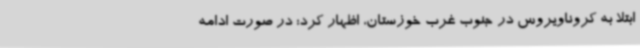
ابتلا به کروناویروس در جنوب غرب خوزستان، اظهار کرد: در صورت ادامه